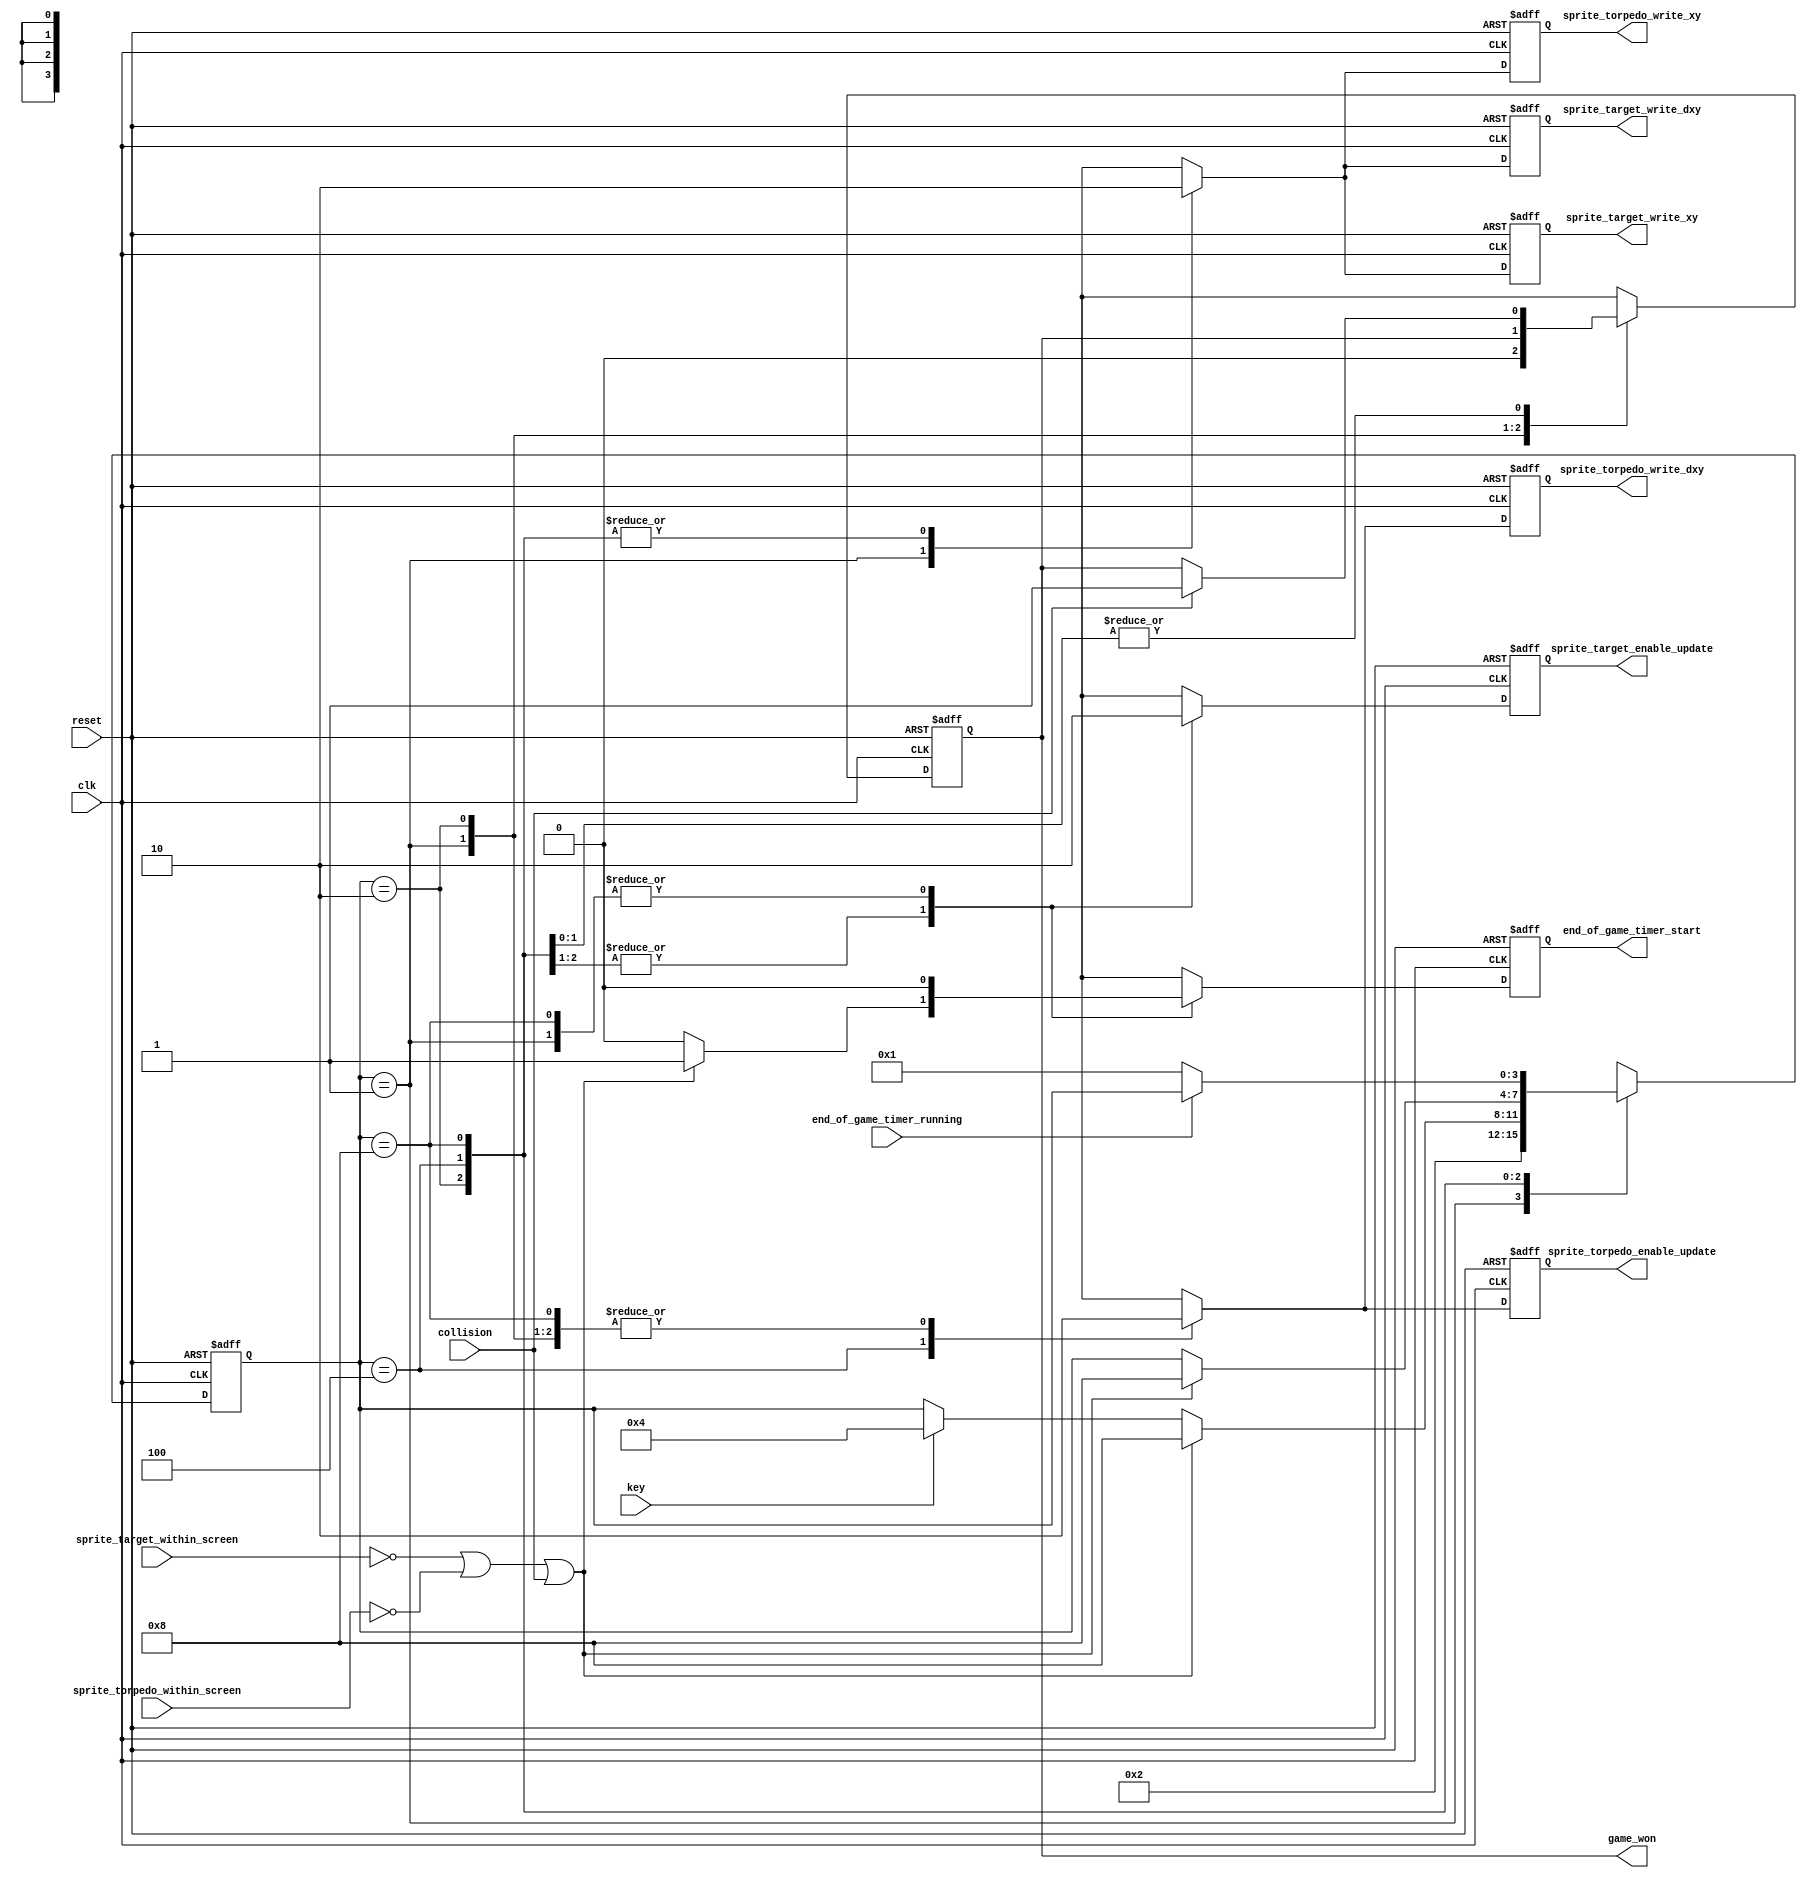
module game_master_fsm_8_bad_style_of_one_hot
(
    input      clk,
    input      reset,

    input      key,

    output reg sprite_target_write_xy,
    output reg sprite_torpedo_write_xy,

    output reg sprite_target_write_dxy,
    output reg sprite_torpedo_write_dxy,

    output reg sprite_target_enable_update,
    output reg sprite_torpedo_enable_update,

    input      sprite_target_within_screen,
    input      sprite_torpedo_within_screen,

    input      collision,

    output reg end_of_game_timer_start,
    output reg game_won,

    input      end_of_game_timer_running
);

    localparam [3:0] STATE_START  = 4'b0001,
                     STATE_AIM    = 4'b0010,
                     STATE_SHOOT  = 4'b0100,
                     STATE_END    = 4'b1000;

    reg [3:0] state;
    reg [3:0] d_state;

    reg d_sprite_target_write_xy;
    reg d_sprite_torpedo_write_xy;

    reg d_sprite_target_write_dxy;
    reg d_sprite_torpedo_write_dxy;

    reg d_sprite_target_enable_update;
    reg d_sprite_torpedo_enable_update;

    reg d_end_of_game_timer_start;
    reg d_game_won;

    //------------------------------------------------------------------------

    wire end_of_game
        =   ~ sprite_target_within_screen
          | ~ sprite_torpedo_within_screen
          |   collision;

    //------------------------------------------------------------------------

    always @*
    begin
        d_state = state;

        d_sprite_target_write_xy        = 1'b0;
        d_sprite_torpedo_write_xy       = 1'b0;

        d_sprite_target_write_dxy       = 1'b0;
        d_sprite_torpedo_write_dxy      = 1'b0;

        d_sprite_target_enable_update   = 1'b0;
        d_sprite_torpedo_enable_update  = 1'b0;

        d_end_of_game_timer_start       = 1'b0;
        d_game_won                      = game_won;

        //--------------------------------------------------------------------

        case (state)  // synopsys full_case parallel_case

        STATE_START:
        begin
            d_sprite_target_write_xy        = 1'b1;
            d_sprite_torpedo_write_xy       = 1'b1;

            d_sprite_target_write_dxy       = 1'b1;

            d_game_won                      = 1'b0;

            d_state = STATE_AIM;
        end

        STATE_AIM:
        begin
            d_sprite_target_enable_update   = 1'b1;

            if (end_of_game)
            begin
                d_end_of_game_timer_start   = 1'b1;

                d_state = STATE_END;
            end
            else if (key)
            begin
                d_state = STATE_SHOOT;
            end
        end

        STATE_SHOOT:
        begin
            d_sprite_torpedo_write_dxy      = 1'b1;

            d_sprite_target_enable_update   = 1'b1;
            d_sprite_torpedo_enable_update  = 1'b1;

            if (collision)
                d_game_won = 1'b1;

            if (end_of_game)
            begin
                d_end_of_game_timer_start   = 1'b1;

                d_state = STATE_END;
            end
        end

        STATE_END:
        begin
            // TODO: Investigate why it needs collision detection here
            // and not in previous state

            if (collision)
                d_game_won = 1'b1;

            if (! end_of_game_timer_running)
                d_state = STATE_START;
        end

        endcase
    end

    //------------------------------------------------------------------------

    always @ (posedge clk or posedge reset)
        if (reset)
        begin
            state                         <= STATE_START;

            sprite_target_write_xy        <= 1'b0;
            sprite_torpedo_write_xy       <= 1'b0;

            sprite_target_write_dxy       <= 1'b0;
            sprite_torpedo_write_dxy      <= 1'b0;

            sprite_target_enable_update   <= 1'b0;
            sprite_torpedo_enable_update  <= 1'b0;

            end_of_game_timer_start       <= 1'b0;
            game_won                      <= 1'b0;
        end
        else
        begin
            state                         <= d_state;

            sprite_target_write_xy        <= d_sprite_target_write_xy;
            sprite_torpedo_write_xy       <= d_sprite_torpedo_write_xy;

            sprite_target_write_dxy       <= d_sprite_target_write_dxy;
            sprite_torpedo_write_dxy      <= d_sprite_torpedo_write_dxy;

            sprite_target_enable_update   <= d_sprite_target_enable_update;
            sprite_torpedo_enable_update  <= d_sprite_torpedo_enable_update;

            end_of_game_timer_start       <= d_end_of_game_timer_start;
            game_won                      <= d_game_won;
        end

endmodule